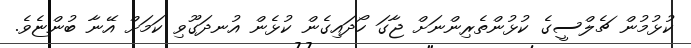
ކުޅުމުން ޗެލްސީގެ ކުޅުންތެރިންނަށް ޖާގަ ހޯދައިގެން ކުޅެން އުނދަގޫވި ކަމަށް އޭނާ ބުންޏެވެ.